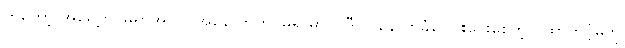
ကတော့ အရှေ့ကင်မရာအပြင် အနောက်ကင်မရာမှာပါ ဒီလို နောက်ခံဝေဝါးပေးစေတဲ့ ထောက်ပံ့မှုကို